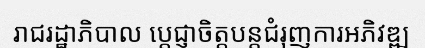
រាជរដ្ឋាភិបាល ប្តេជ្ញាចិត្តបន្តជំរុញការអភិវឌ្ឍ